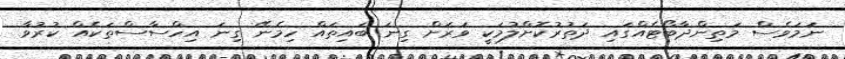
ނަމަވެސް މަތިންދާބޯޓެއްގައި ދަތުރުކޮށްލުމަކީ ވަރަށް ގިނަ ބައިތައް ހިމެނޭ ގިނަ އިހްސާސްތަކެއް ކުރުވާ